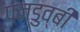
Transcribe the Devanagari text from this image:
पनडुव्बी